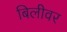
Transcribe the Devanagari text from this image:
बिलीवर